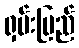
ရှမ်းပြည်